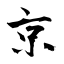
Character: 京